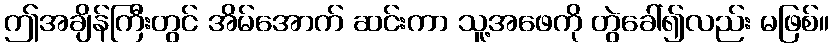
ဤအချိန်ကြီးတွင် အိမ်အောက် ဆင်းကာ သူ့အဖေကို တွဲခေါ်၍လည်း မဖြစ်။